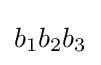
b_{1}b_{2}b_{3}